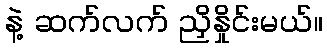
နဲ့ ဆက်လက် ညှိနှိုင်းမယ်။